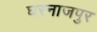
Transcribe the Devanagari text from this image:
घरनाजपुर